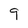
Character: 9